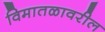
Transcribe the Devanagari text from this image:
विमातळावरील